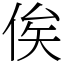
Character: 俟